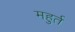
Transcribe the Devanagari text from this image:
महुर्त